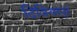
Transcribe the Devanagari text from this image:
दिवियापुर